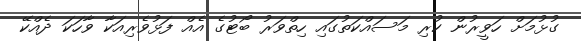
ގުޅުމަށް ހަވީރުން ކުރި މަސައްކަތުގައި ހިތްވަރު ބޯޓުގެ އެއް ފަޅުވެރިއަކާ ވާހަކަ ދެއްކޭ